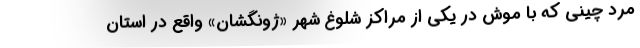
مرد چینی که با موش در یکی از مراکز شلوغ شهر «ژونگشان» واقع در استان